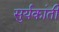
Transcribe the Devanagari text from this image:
सुर्यकांती